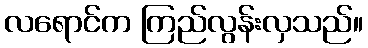
လရောင်က ကြည်လွန်းလှသည်။